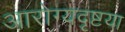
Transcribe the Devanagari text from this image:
आरोग्यदृष्टया